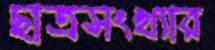
ছাত্রসংখ্যার